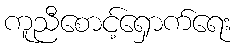
ကူညီစောင့်ရှောက်ရေး